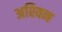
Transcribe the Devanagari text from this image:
अश्‍िवन